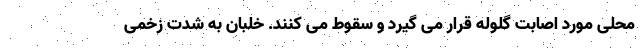
محلی مورد اصابت گلوله قرار می گیرد و سقوط می کنند. خلبان به شدت زخمی